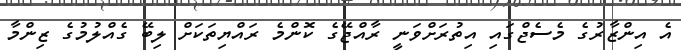
އެ އިންޒާރުގެ މެސެޖްގައި އިތުރަށްވަނީ ރާއްޖޭގެ ކޮންމެ ރައްޔިތަކަށް ލިބޭ ގެއްލުމުގެ ޒިންމާ